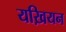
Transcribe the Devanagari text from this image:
यख़ियन